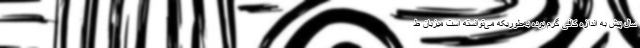
سال پیش به اندازه کافی گرم بوده به‌طوریکه می‌توانسته است میزبان ط